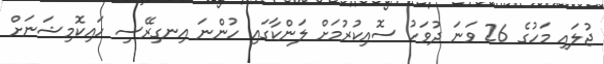
ޖުލައި މަހުގެ 26 ވަނަ ދުވަހު ސޮއިކުރުމަށް ލަންކާގައި ހުންނަ އިނގިރޭސި ހައިކޮމިޝަނަށް